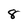
Character: 8